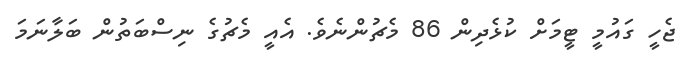
ޖެހީ ގައުމީ ޓީމަށް ކުޅެދިން 86 މެޗުންނެވެ. އެއީ މެޗުގެ ނިސްބަތުން ބަލާނަމަ